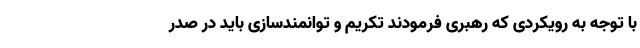
با توجه به رویکردی که رهبری فرمودند تکریم و توانمندسازی باید در صدر